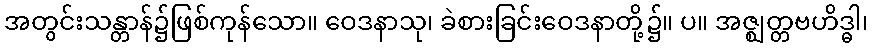
အတွင်းသန္တာန်၌ဖြစ်ကုန်သော။ ဝေဒနာသု၊ ခဲစားခြင်းဝေဒနာတို့၌။ ပ။ အဇ္ဈတ္တဗဟိဒ္ဓါ၊